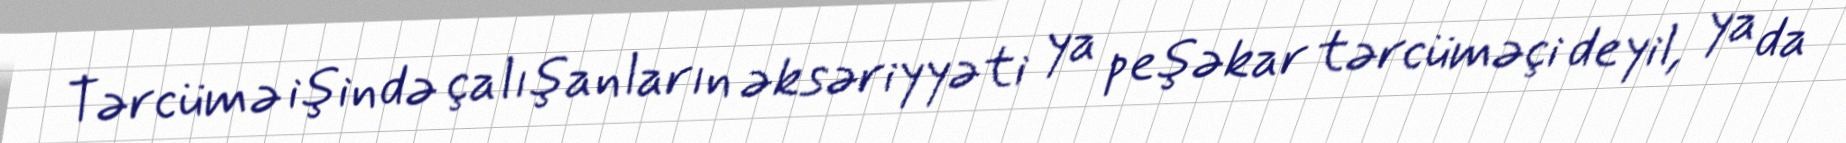
Tərcümə işində çalışanların əksəriyyəti ya peşəkar tərcüməçi deyil, ya da